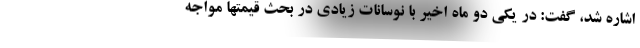
اشاره شد، گفت: در یکی دو ماه اخیر با نوسانات زیادی در بحث قیمتها مواجه